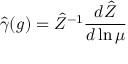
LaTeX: \hat { \gamma } ( g ) = \hat { Z } ^ { - 1 } { \frac { d \hat { Z } } { d \ln \mu } }